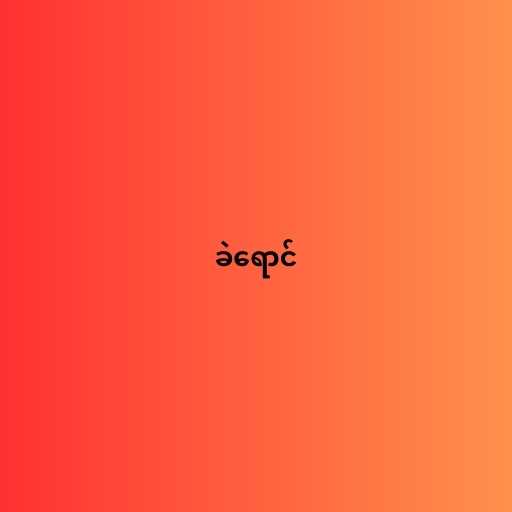
ခဲရောင်